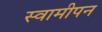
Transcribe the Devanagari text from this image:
स्वामीपन